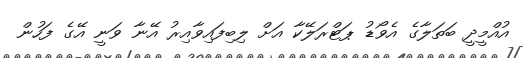
އުއްމީދީ ބަތަލާގެ އެވޯޑު ޕަޓްރަލޭކާ އަށް ލިބިފައިވާއިރު އޭނާ ވަނީ އޭގެ ފަހުން